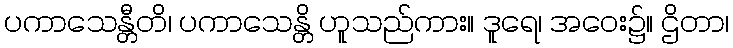
ပကာသေန္တီတိ၊ ပကာသေန္တိ ဟူသည်ကား။ ဒူရေ၊ အဝေး၌။ ဌိတာ၊